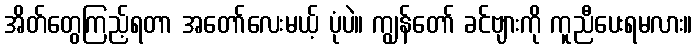
အိတ်တွေကြည့်ရတာ အတော်လေးမယ့် ပုံပဲ။ ကျွန်တော် ခင်ဗျားကို ကူညီပေးရမလား။